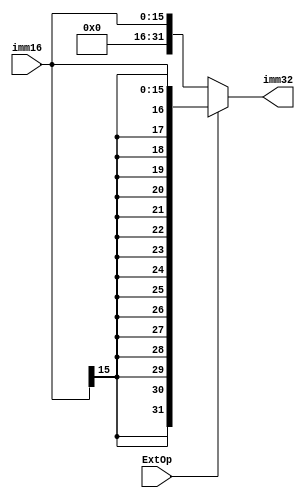
`define ext_zero    1'b0
`define ext_sign    1'b1

module ext(ExtOp, imm16, imm32);
    input   [15:0] imm16;
    input   ExtOp;
    output  [31:0] imm32;

    assign imm32 = (ExtOp == `ext_zero) ? {16'd0, imm16} :
                   (ExtOp == `ext_sign) ? {{16{imm16[15]}}, imm16} : 31'd0;
                   
endmodule // ext